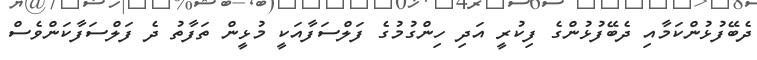
ދެބޭފުޅުންކަމާއި ދެބޭފުޅުންގެ ފިކުރީ އަދި ހިންގުމުގެ ފަލްސަފާއަކީ މުޅީން ތަފާތު ދެ ފަލްސަފާކަންވެސް